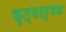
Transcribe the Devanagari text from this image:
कृत्यात्मक